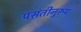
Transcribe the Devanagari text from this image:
पसंतीनुरूप